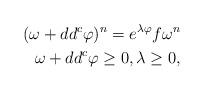
LaTeX: \begin{align*}\begin{aligned}(\omega + dd^c \varphi)^n = e^{\lambda \varphi} f \omega^n \\\omega + dd^c \varphi \geq 0, \lambda \geq 0,\end{aligned}\end{align*}